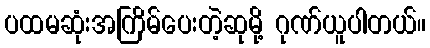
ပထမဆုံးအကြိမ်ပေးတဲ့ဆုမို့ ဂုဏ်ယူပါတယ်။